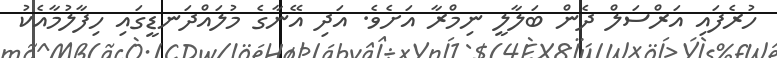
ހުރެފައި އަރްސަލް ދެން ބަލާލީ ނިމްރާ އަށެވެ. އަދި އޭނާގެ މުލައްދަނޑީގައި ހިފާލުމާއެކު